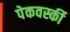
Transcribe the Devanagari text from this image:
पेकवर्स्की